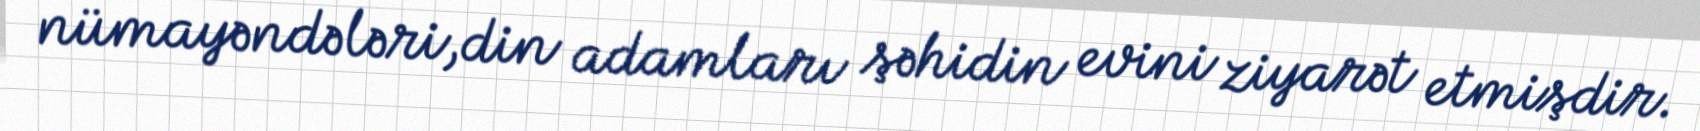
nümayəndələri,din adamları şəhidin evini ziyarət etmişdir.